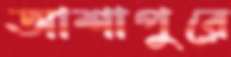
আশাপুরে